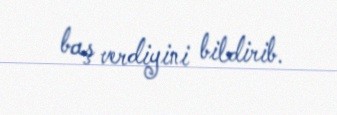
baş verdiyini bildirib.